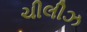
ચીલીઝ